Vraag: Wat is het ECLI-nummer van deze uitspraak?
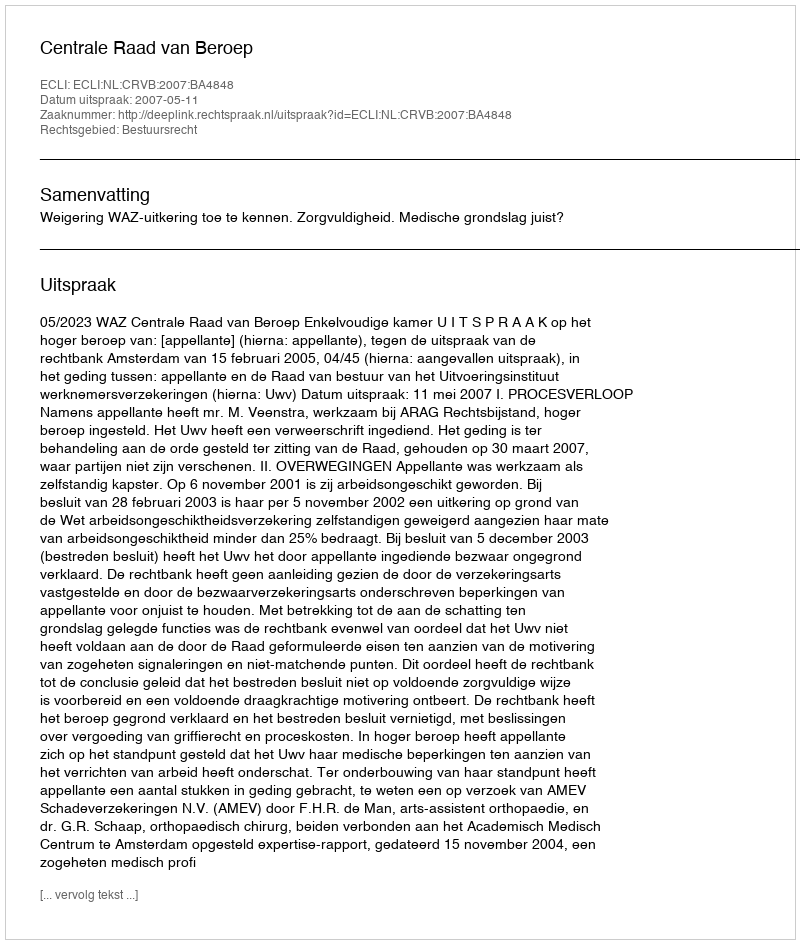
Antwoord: ECLI:NL:CRVB:2007:BA4848